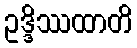
ဥဒ္ဒိဿထာတိ